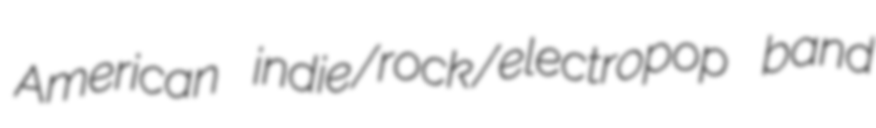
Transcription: American indie/rock/electropop band